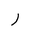
Letter: _ra